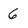
Character: 6